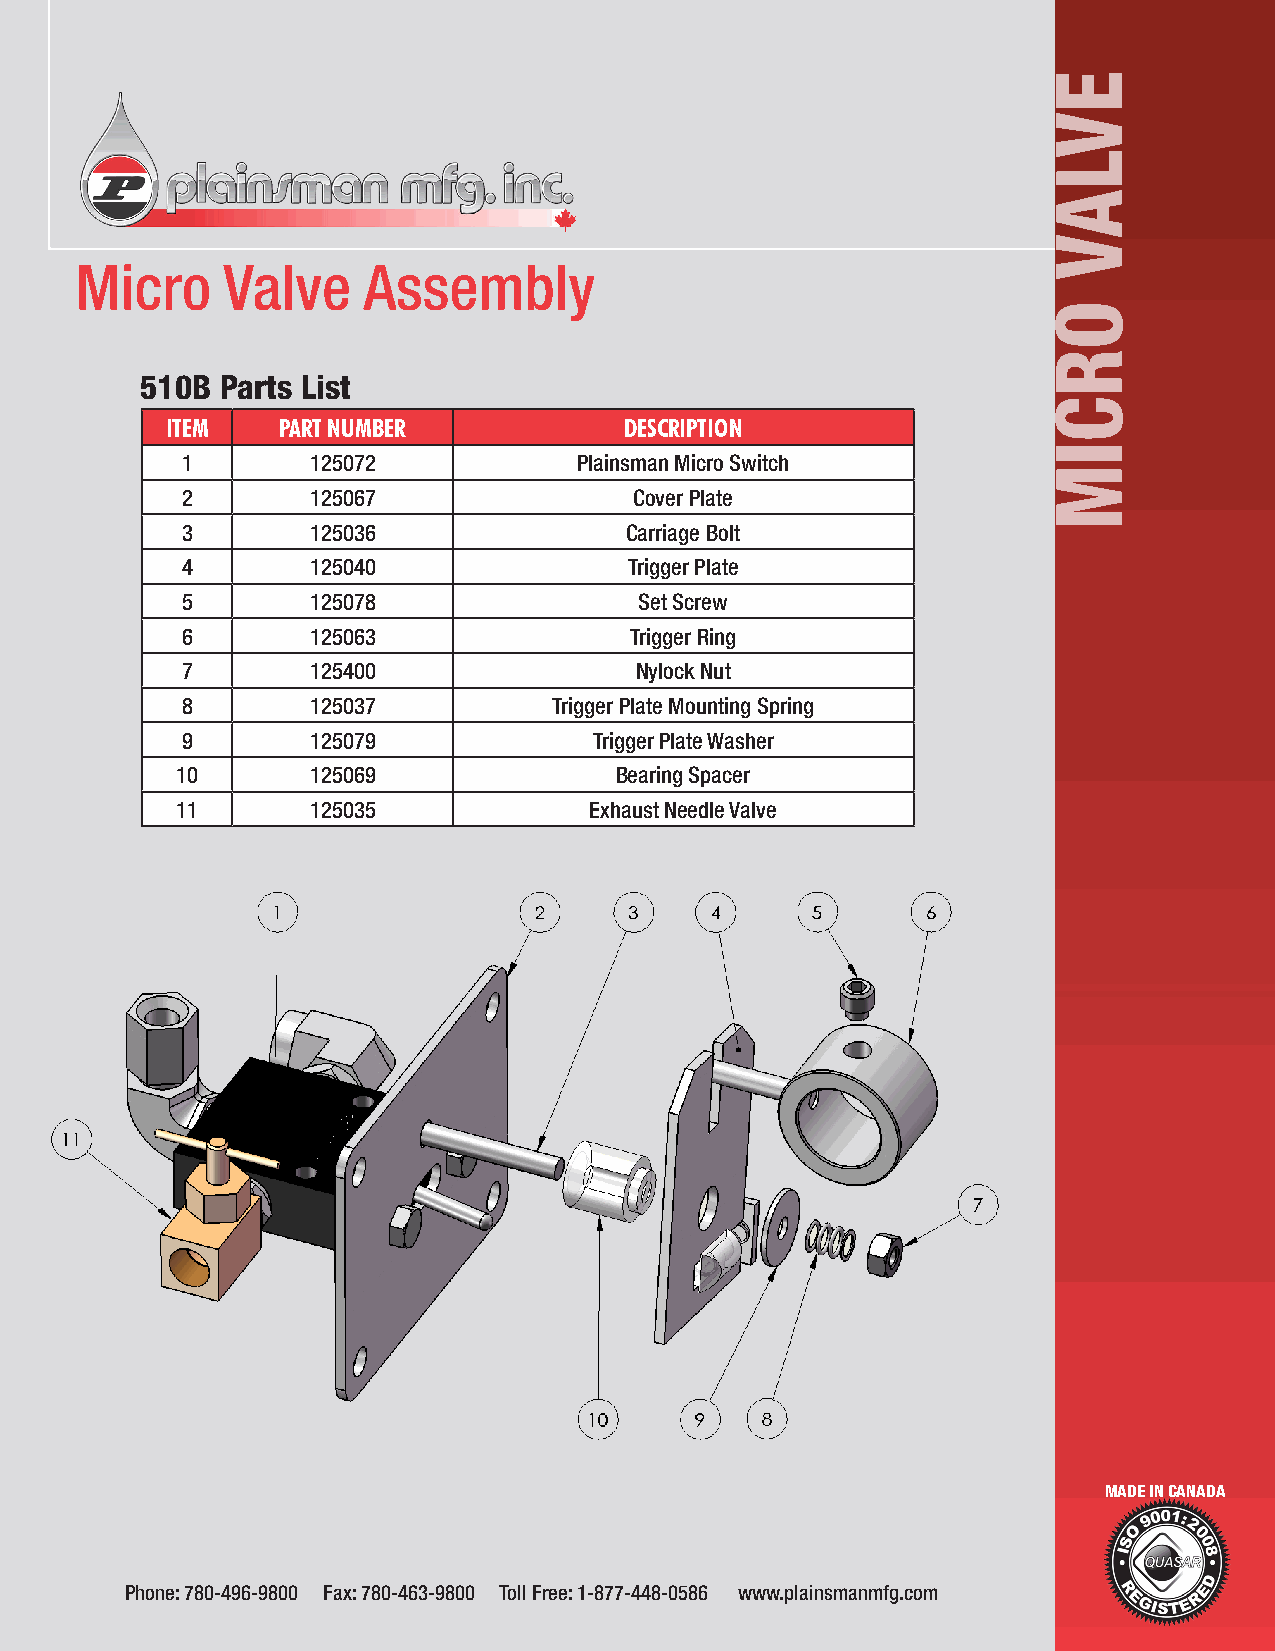
Micro     Valve    Assembly
 510B  Parts List
 ITEM   PART NUMBER            DESCRIPTION
 1       125072            Plainsman Micro Switch
 2       125067                Cover Plate
 3       125036               Carriage Bolt
 4       125040                Trigger Plate
 5       125078                Set Screw
 6       125063                Trigger Ring
 7       125400                Nylock Nut
 8       125037           Trigger Plate Mounting Spring
 9       125079             Trigger Plate Washer
 10      125069               Bearing Spacer
 11      125035             Exhaust Needle Valve
 MADE IN CANADA
 Phone: 780-496-9800 Fax: 780-463-9800 Toll Free: 1-877-448-0586 www.plainsmanmfg.com
 EVLAV
 ORCIM